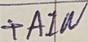
Text: +AIW